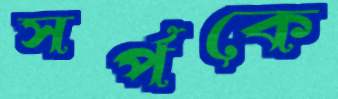
সর্পকে